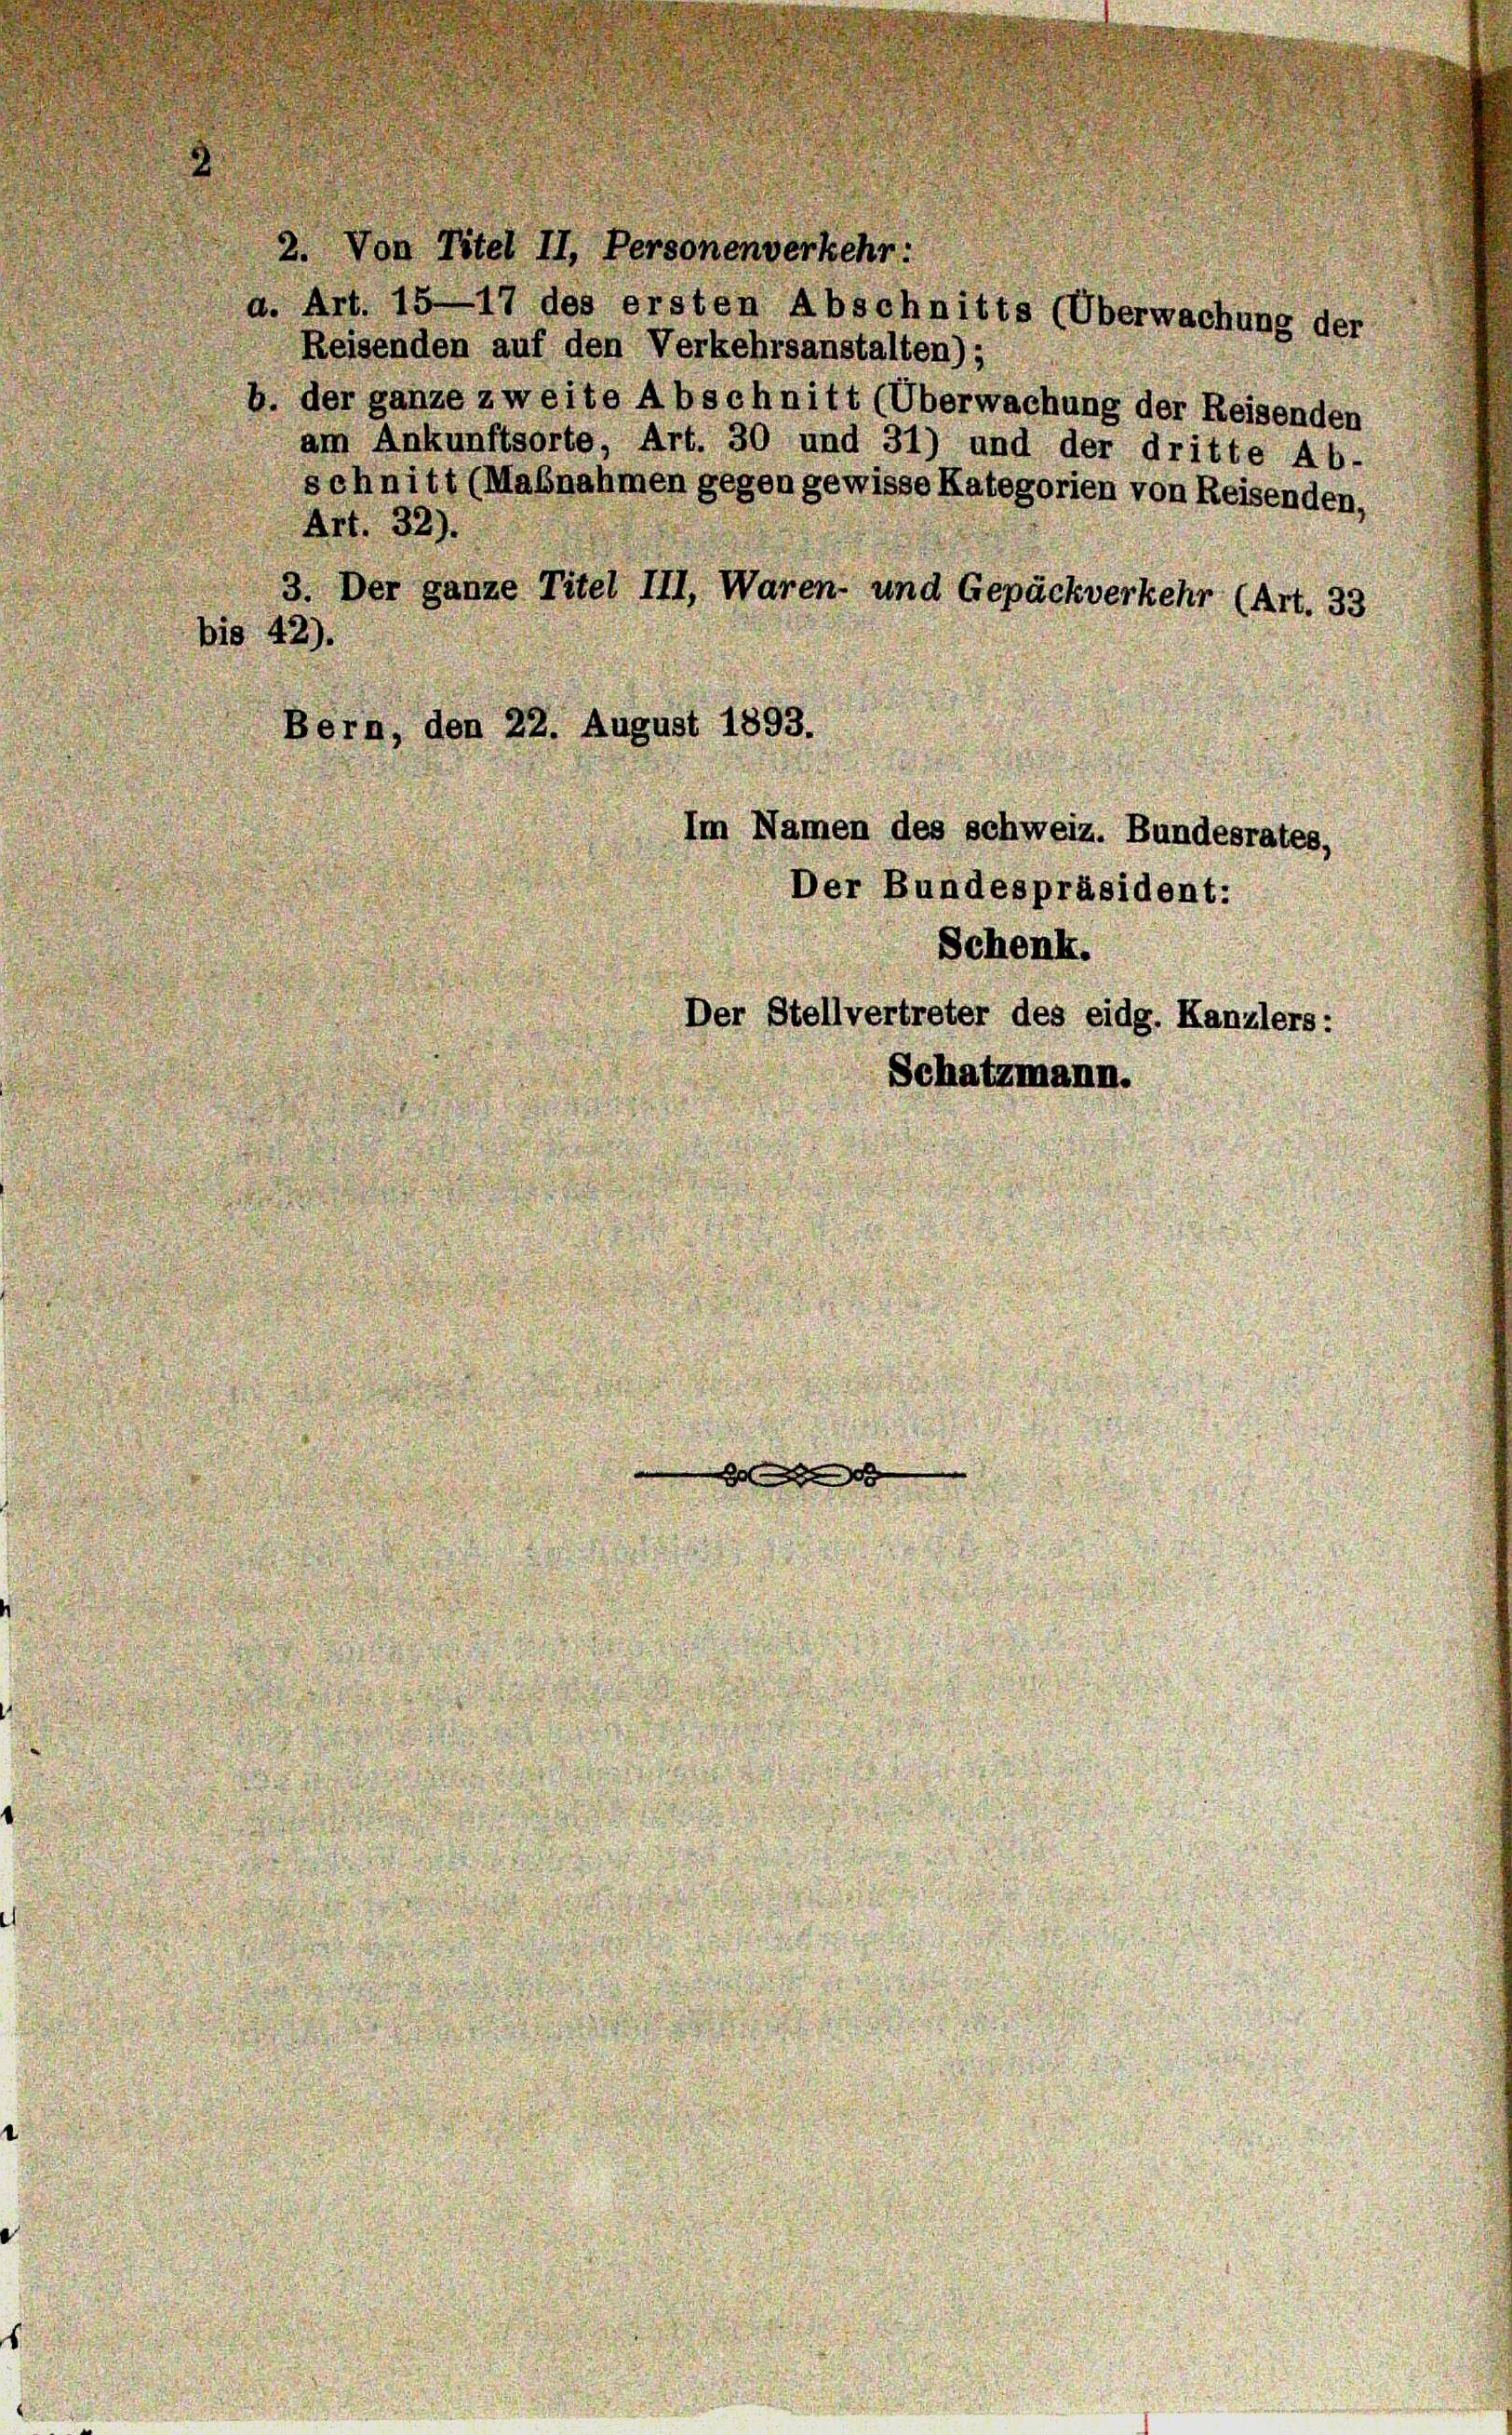
2. Von Titel II, Personenverkehr
a. Art. 15—17 des ersten Abschnitts (Überwachun
Reisenden auf den Verkehrsanstalten);
.der ganze zweite Abschnitt (Überwachung der Reisenden
am Ankunftsorte, Art. 30 und 31) und der dritte Ab-
schnitt (Mabnahmen gegen gewisse Kategorien von Reisenden,
Art. 32).
bis 42)
1, den 22. August 1895
x

Der ganze Titel III, Waren- und Gepäckverkehr (Art. :
Im Namen des schweiz. Bundesrates,
Der Bundespräsident:
Schenk.
Der Stellvertreter des eidg. Kanzlers:
Schatzmann.